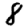
Digit: 8